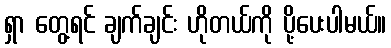
ရှာ တွေ့ရင် ချက်ချင်း ဟိုတယ်ကို ပို့ပေးပါမယ်။